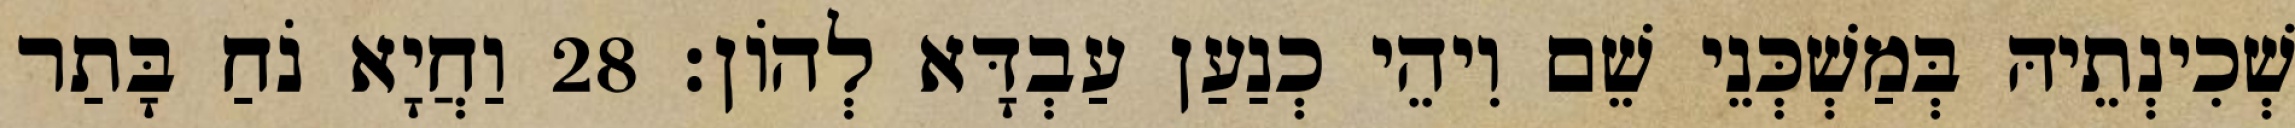
שְׁכִינְתֵיהּ בְּמַשְׁכְּנֵי שֵׁם וִיהֵי כְנַעַן עַבְדָּא לְהוֹן׃ 28 וַחֲיָא נֹחַ בָּתַר